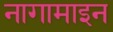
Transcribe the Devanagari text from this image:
नागामाइन